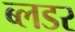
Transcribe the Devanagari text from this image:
ब्लडर